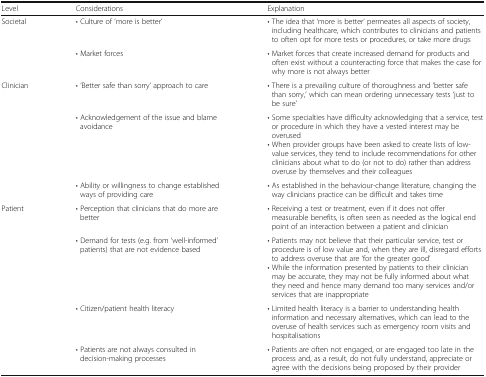
<table><thead><tr><td><b>Level</b></td><td><b>Considerations</b></td><td><b>Explanation</b></td></tr></thead><tbody><tr><td rowspan="2">Societal</td><td>• Culture of ‘more is better’</td><td>• The idea that ‘more is better’ permeates all aspects of society, including healthcare, which contributes to clinicians and patients to often opt for more tests or procedures, or take more drugs</td></tr><tr><td>• Market forces</td><td>• Market forces that create increased demand for products and often exist without a counteracting force that makes the case for why more is not always better</td></tr><tr><td rowspan="3">Clinician</td><td>• ‘Better safe than sorry’ approach to care</td><td>• There is a prevailing culture of thoroughness and ‘better safe than sorry,’ which can mean ordering unnecessary tests ‘just to be sure’</td></tr><tr><td>• Acknowledgement of the issue and blame avoidance</td><td>• Some specialties have difficulty acknowledging that a service, test or procedure in which they have a vested interest may be overused• When provider groups have been asked to create lists of low-value services, they tend to include recommendations for other clinicians about what to do (or not to do) rather than address overuse by themselves and their colleagues</td></tr><tr><td>• Ability or willingness to change established ways of providing care</td><td>• As established in the behaviour-change literature, changing the way clinicians practice can be difficult and takes time</td></tr><tr><td rowspan="4">Patient</td><td>• Perception that clinicians that do more are better</td><td>• Receiving a test or treatment, even if it does not offer measurable benefits, is often seen as needed as the logical end point of an interaction between a patient and clinician</td></tr><tr><td>• Demand for tests (e.g. from ‘well-informed’ patients) that are not evidence based</td><td>• Patients may not believe that their particular service, test or procedure is of low value and, when they are ill, disregard efforts to address overuse that are ‘for the greater good’• While the information presented by patients to their clinician may be accurate, they may not be fully informed about what they need and hence many demand too many services and/or services that are inappropriate</td></tr><tr><td>• Citizen/patient health literacy</td><td>• Limited health literacy is a barrier to understanding health information and necessary alternatives, which can lead to the overuse of health services such as emergency room visits and hospitalisations</td></tr><tr><td>• Patients are not always consulted in decision-making processes</td><td>• Patients are often not engaged, or are engaged too late in the process and, as a result, do not fully understand, appreciate or agree with the decisions being proposed by their provider</td></tr></tbody></table>